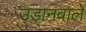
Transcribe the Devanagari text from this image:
उड़ानवाले